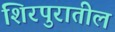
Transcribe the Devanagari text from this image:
शिरपुरातील